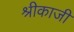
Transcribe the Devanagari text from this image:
श्रीकाजी